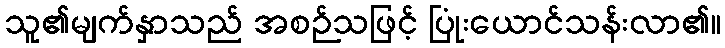
သူ၏မျက်နှာသည် အစဉ်သဖြင့် ပြုံးယောင်သန်းလာ၏။